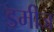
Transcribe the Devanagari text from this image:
डमीज